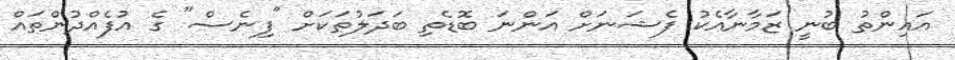
އައިންތު ބުނީ ޒަމާނާއެކު ފެޝަނަށް އަންނަ ބޮޑެތި ބަދަލުތަކަށް "ފިނެސް" ގެ އުފެއްދުންތައް